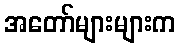
အတော်များများက